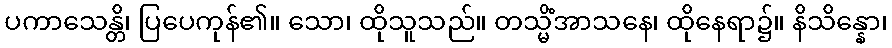
ပကာသေန္တိ၊ ပြပေကုန်၏။ သော၊ ထိုသူသည်။ တသ္မိံအာသနေ၊ ထိုနေရာ၌။ နိသိန္နော၊